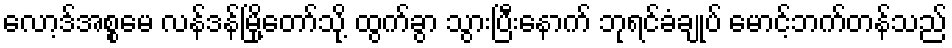
လော့ဒ်အစ္စမေ လန်ဒန်မြို့တော်သို့ ထွက်ခွာ သွားပြီးနောက် ဘုရင်ခံချုပ် မောင့်ဘက်တန်သည်